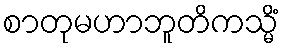
စာတုမဟာဘူတိကသ္မိံ